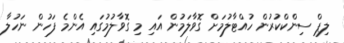
ލިޕް ސިންކްކުރުން ހުއްޓާލުމަށް ގޮވާލަމުން އައި މި ގޮވާލުމުގައި އެންމެ ފަހުން ނަހުލާ